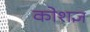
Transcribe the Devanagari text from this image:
कोशज्ञ